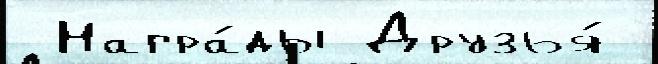
 Награ́ды Друзья́